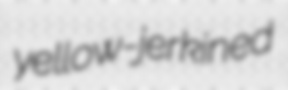
yellow-jerkined